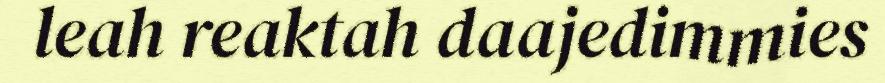
leah reaktah daajedimmies